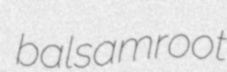
balsamroot